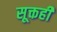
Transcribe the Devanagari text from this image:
सूक्तही